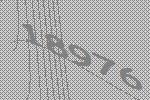
18976